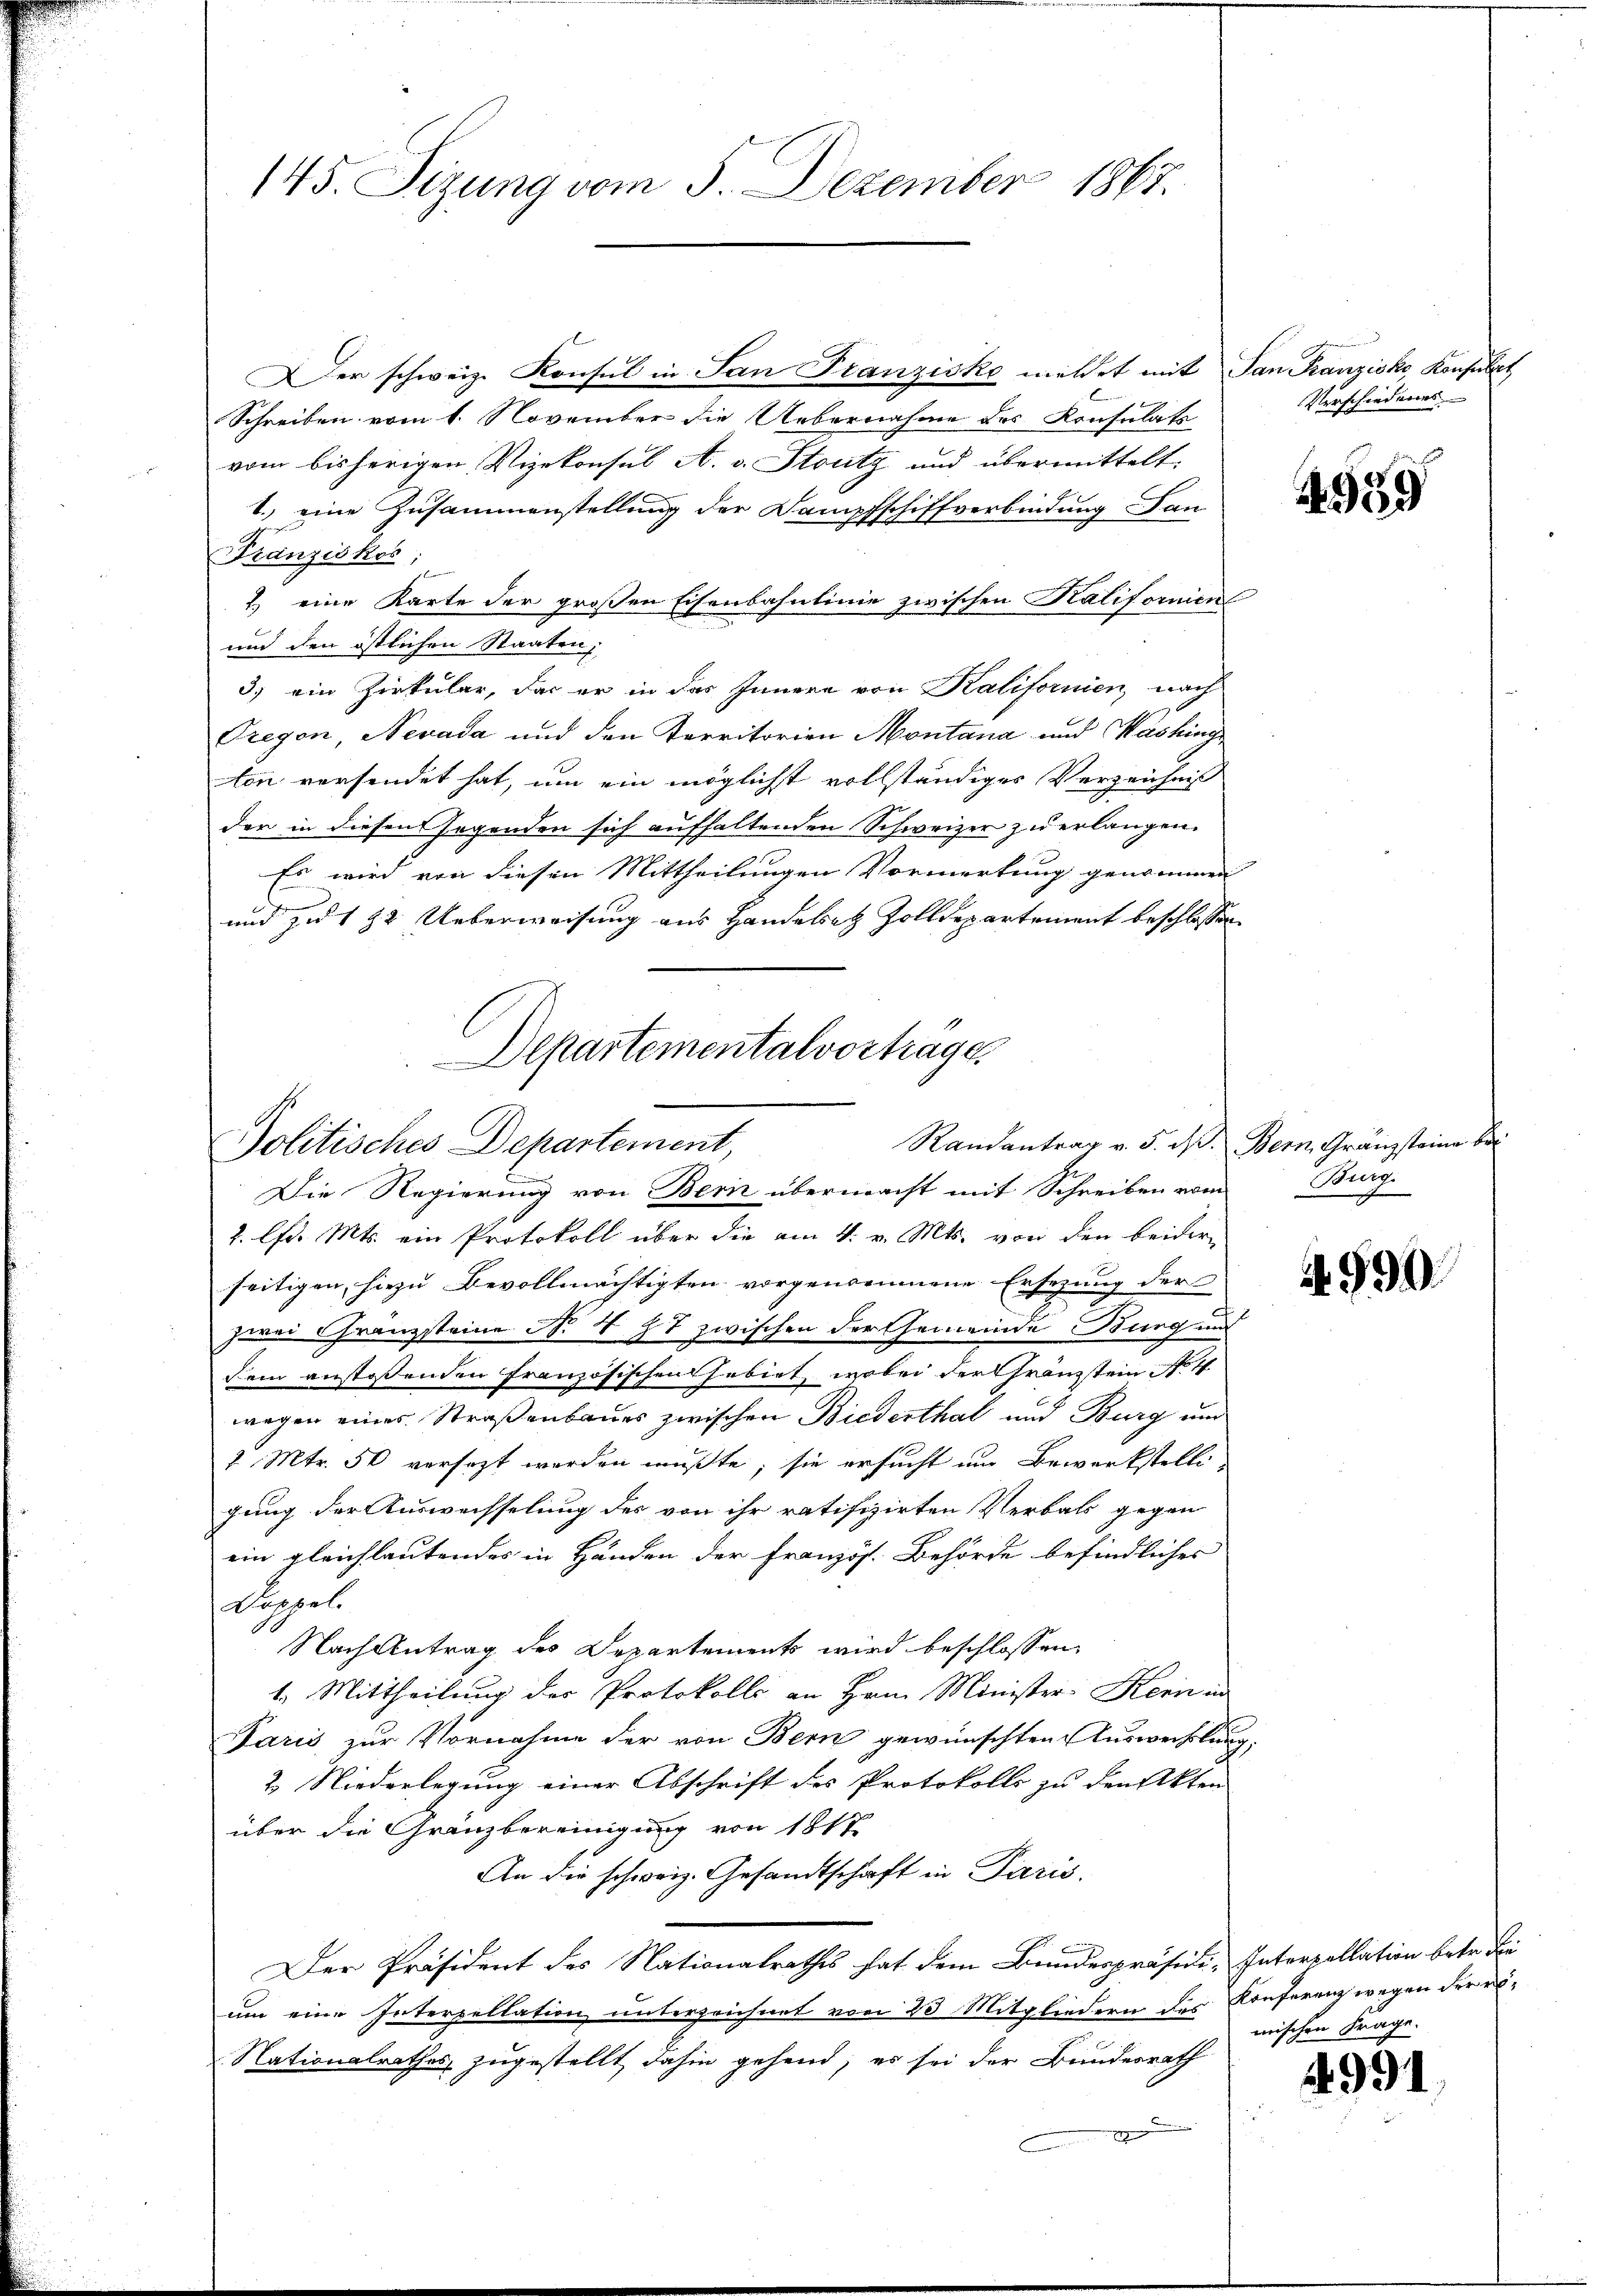
145. Sizung vom 5. Dezember 1867.

Der schweiz. Konsul in San Franzisko mildet mit San Franzisko, Konsulat
Schreiben vom 1. November die Uebernahme des Konsulats
vom bisherigen Vizekonsul A. v. Stutz und übermittelt.
1.) eine Zusammenstellung der Dampfschiffverbindung Lan
Franziskos;
2) eine Karte der großen Eisenbahnlinie zwischen Kalifornien
und den östlichen Staaten,
3) ein Zirkular, das er in das Innern von Kalifornien, nach
Fregen, Nevada und den Territorian Montana und Mashing
ton versendet hat, um ein möglichst vollständiges Verzeichniß
der in diesen sorgenden sich aufhaltenden Schweizer zu erlangen.
Es wird von diesen Mittheilungen Vormerkung genommen
und zu 1 22 Ueberweisung aus Handelsatz Zolldepartement beschlossen
Departementalvortrage.

Randantrag v. 5. d. Bern, Gränzsteine be¬
Politisches Departement,

Die Regierung von Bern übermacht mit Schreiben vom Burg.
2. lfd. Mts. ein Protokoll über die am 4. v. Mts. von den beidern
seitigen, hiezu Bevollmächtigten vorgenommene Ersezung der
zwei Franzsteine No. 487 zwischen der Gemeinde Burg und
dem anstossenden Französischen habirt, wobei der Franzstein No 4
wegen eines Straßenbaues zwischen Biederthal und Burg und
2 Mtr. 50 versezt werden müßte; sie ersucht im Bewerkstelligung der Auswechselung des von ihr ratifizirten Verbals gegen
ein gleichlautendes in Händen der Französ. Behörde befindliches
Doppel
Nach Antrag des Departements wird beschlossen,
1. Mittheilung des Protokolls an Hrn. Minister-Kern in
Paris zur Vornahme der von Bern gewünschten Auswechslung,
2. Niederlegung einer Abschrift des Protokolls zu den Akten
über die Gränzbereinigung von 1817
An die schweiz. Gesandtschaft in Paris.
Der Präsident des Nationalrathes hat dem Bundespräsidi-Interzollation betr. die
um eine Interpellation unterzeichnet von 23 Mitgliedern des Konferenz wegen der ei¬
Nationalrathes zugestellt dahin gehend, es sei der Bundesrath

Verschiedenes

4359

A. 590.

mischen Frage.

4991